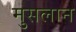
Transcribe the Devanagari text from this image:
मुसलान